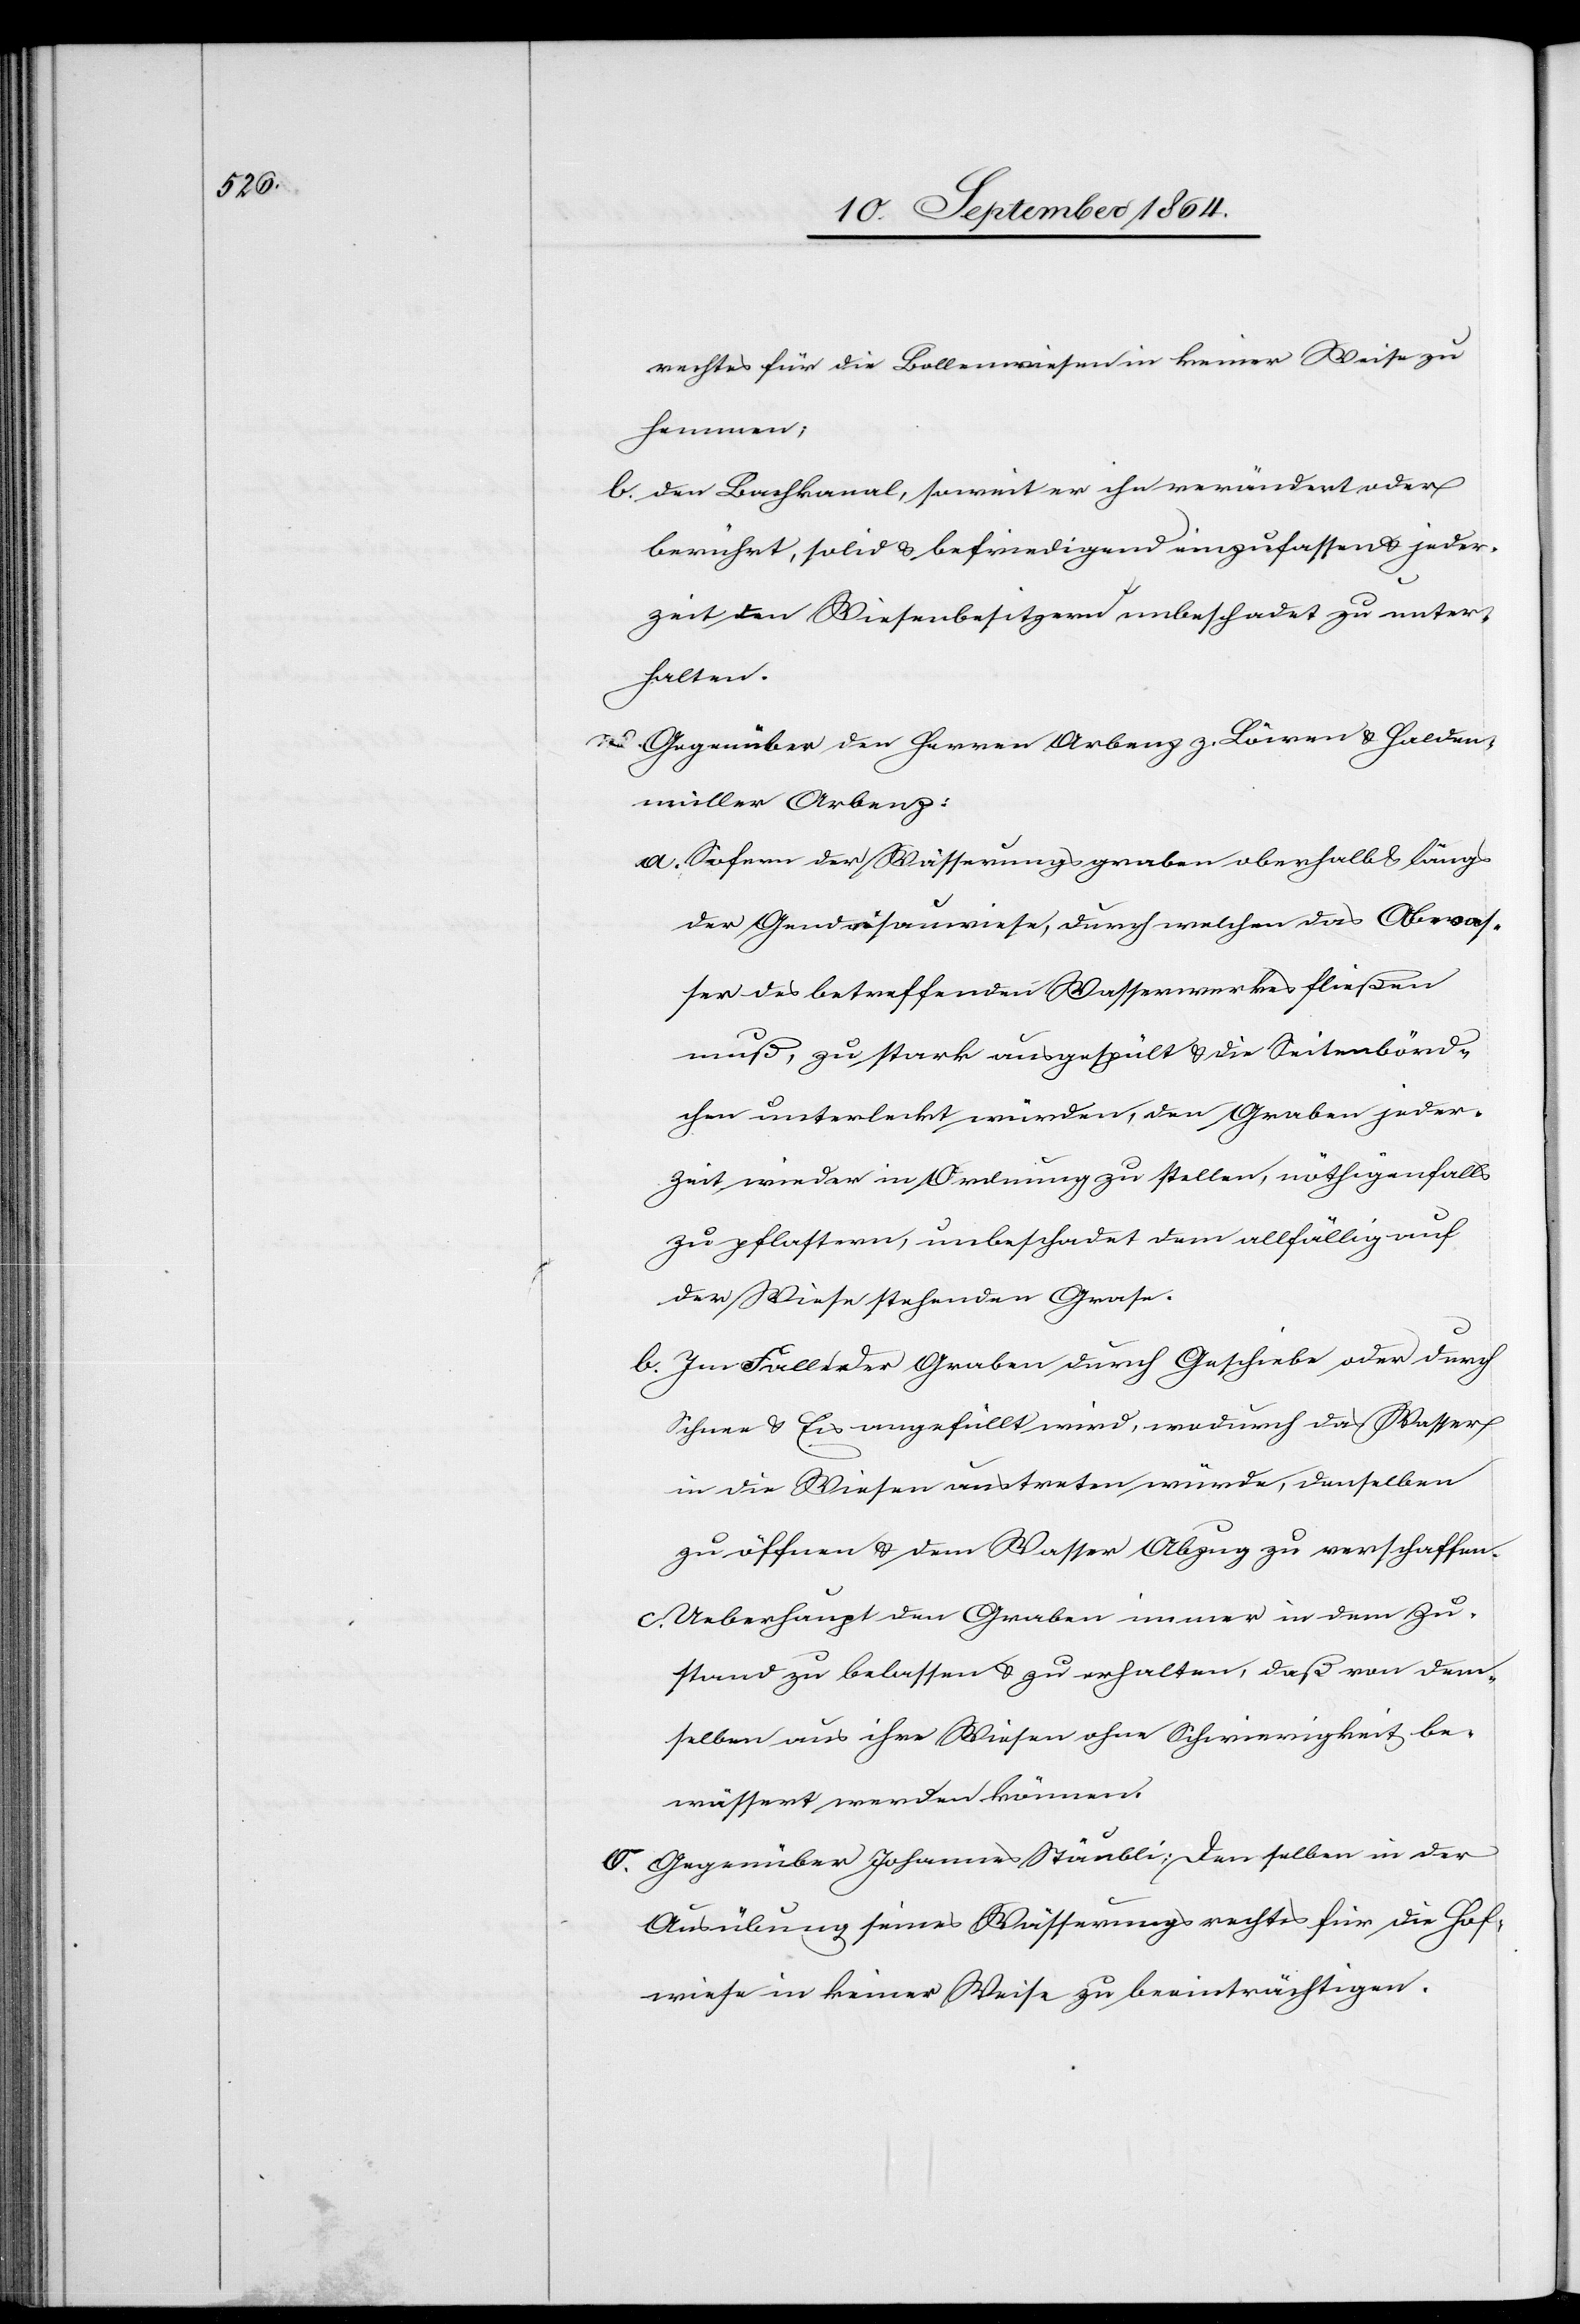
rechtes für die Bollenwiesen in keiner Weise zu
hemmen;
b. den Bachkanal soweit er ihn verändert oder
berührt, solid & befriedigend einzufassen & jeder¬
zeit den Wiesenbesitzern unbeschadet zu unter¬
halten.
n.	Gegenüber den Herren Arbenz z. Löwen & Halden¬
müller Arbenz:
a. Sofern der Wässerungsgraben oberhalb & längs
der Grundisauwiese, durch welchen das Abwas¬
ser des betreffenden Wasserwerkes fließen
muß, zu stark ausgespült & die Seitenbörd¬
chen unterleckt würden, den Graben jeder¬
zeit wieder in Ordnung zu stellen, nöthigenfalls
zu pflastern, unbeschadet dem allfällig auf
der Wiese stehenden Grase.
b. Im Falle der Graben durch Geschiebe oder durch
Schnee & Eis angefüllt wird, wodurch das Wasser
in die Wiesen austreten würde, denselben
zu öffnen & dem Wasser Abzug zu verschaffen.
c. Ueberhaupt den Graben immer in dem Zu¬
stand zu belassen & zu erhalten, daß von dem¬
selben aus ihre Wiesen ohne Schwierigkeit be¬
wässert werden können.
o.	Gegenüber Johannes Stäubli: Denselben in der
Ausübung seines Wässerungsrechtes für die Hof¬
wiese in keiner Weise zu beeinträchtigen.